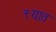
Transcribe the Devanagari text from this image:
त्त्यात